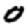
Digit: 0